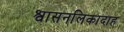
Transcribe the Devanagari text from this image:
श्वासनलिकादाह